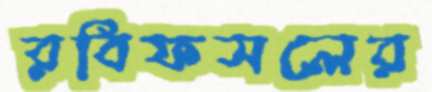
রবিফসলের